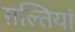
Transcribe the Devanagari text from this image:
ग़ल्तियां